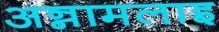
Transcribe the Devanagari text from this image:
अन्नामलाइ